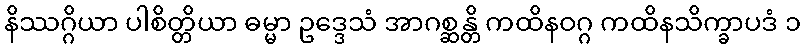
နိဿဂ္ဂိယာ ပါစိတ္တိယာ ဓမ္မာ ဥဒ္ဒေသံ အာဂစ္ဆန္တိ ကထိနဝဂ္ဂ ကထိနသိက္ခာပဒံ ၁